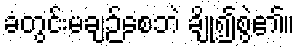
ခံတွင်းမချဉ်စေဘဲ ချို၍စွဲ၏။